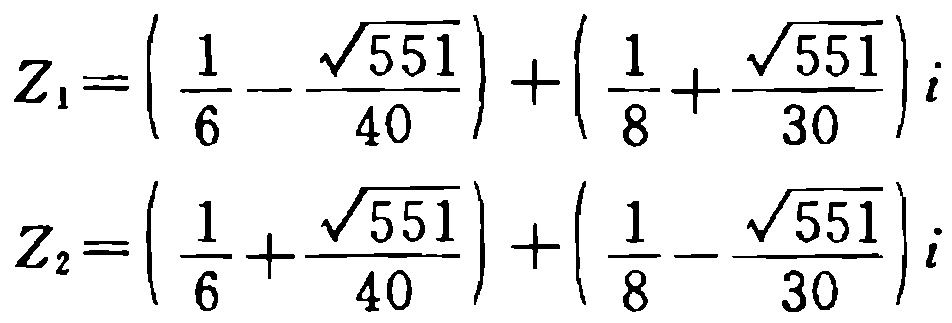
\[
Z_1=\left(\frac{1}{6}-\frac{\sqrt{551}}{40}\right)+\left(\frac{1}{8}+\frac{\sqrt{551}}{30}\right)i
\]
\[
Z_2=\left(\frac{1}{6}+\frac{\sqrt{551}}{40}\right)+\left(\frac{1}{8}-\frac{\sqrt{551}}{30}\right)i
\]